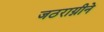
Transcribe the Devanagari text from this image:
जठराग्नीने